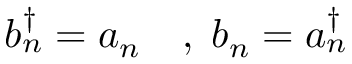
b _ { n } ^ { \dagger } = a _ { n } \quad , \; b _ { n } = a _ { n } ^ { \dagger }